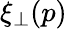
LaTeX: \xi_{\perp}(p)